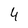
Character: 4